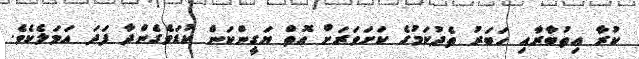
ކުރާ އިތުބާރާއި ހަބަރު ތެދުކަމުގެ ކަށަވަރަށް އޮތް ޔަގީންކަން ކުޑަވެގެންދާ ފަދަ އަމަލެކެވެ.